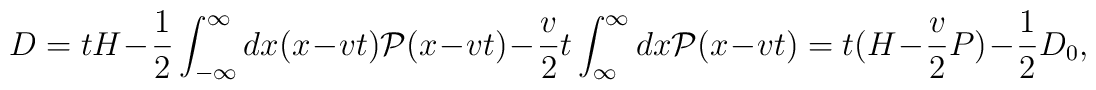
D=t H -\frac{1}{2} \int^{\infty}_{-\infty} d x (x- v t) {\cal P}(x- v t)-\frac{v}{2} t \int^{\infty}_{\infty} dx {\cal P}(x-v t)= t (H- \frac{v}{2} P) -\frac{1}{2}D_0,